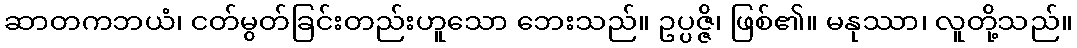
ဆာတကဘယံ၊ ငတ်မွတ်ခြင်းတည်းဟူသော ဘေးသည်။ ဥပ္ပဇ္ဇိ၊ ဖြစ်၏။ မနုဿာ၊ လူတို့သည်။